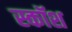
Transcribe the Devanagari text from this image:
स्कॉश